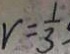
V = \frac { 1 } { 3 }